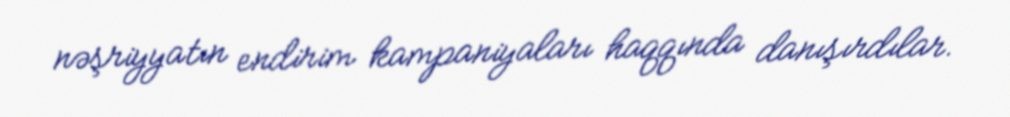
nəşriyyatın endirim kampaniyaları haqqında danışırdılar.